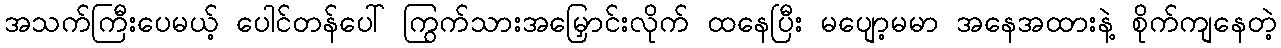
အသက်ကြီးပေမယ့် ပေါင်တန်ပေါ် ကြွက်သားအမြှောင်းလိုက် ထနေပြီး မပျော့မမာ အနေအထားနဲ့ စိုက်ကျနေတဲ့